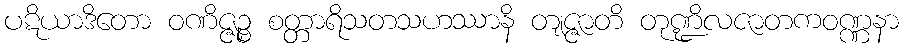
ပဋိယာဒိတော ဝဏိဇ္ဇဉ္စ စတ္တာရိသတသဟဿာနိ တျဇ္ဇာတိ တုဏ္ဍိလဇာတကဝဏ္ဏနာ